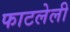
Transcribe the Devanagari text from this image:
फाटलेली